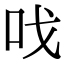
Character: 𠯫